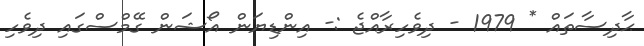
ޙާދިސާތައް * 1979 - ދިވެހިރާއްޖެ :- އިންޑިޔަން އޯޝަން ގޭމްސްގައި ދިވެހި